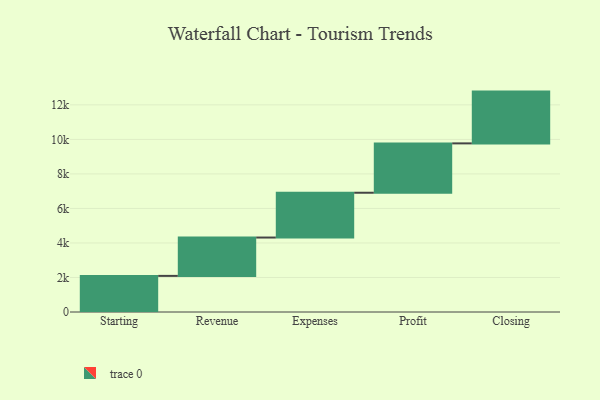
{"axis": {"x": "Step", "y": "Value"}, "legend": [""], "data": [{"x": "Starting", "y": 2092.0, "type": ""}, {"x": "Revenue", "y": 2222.0, "type": ""}, {"x": "Expenses", "y": 2596.0, "type": ""}, {"x": "Profit", "y": 2860.0, "type": ""}, {"x": "Closing", "y": 3000, "type": ""}]}